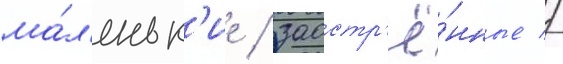
ма́л'еньк'ие / заостр'ё́нные //